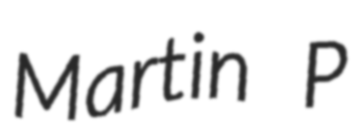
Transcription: Martin P